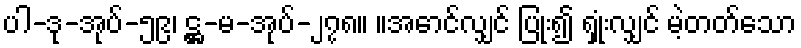
ပါ-ဒု-အုပ်-၅၉၊ ဋ္ဌ-မ-အုပ်-၂၇၈။ ။အောင်လျှင် ပြုံး၍ ရှုံးလျှင် မဲ့တတ်သော